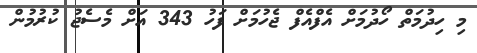
މި ހިދުމަތް ހޯދުމަށް އެފްއެފް ޖެހުމަށް ފަހު 343 އަށް މެސެޖު ކުުރުމުން